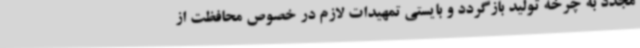
مجدد به چرخه تولید بازگردد و بایستی تمهیدات لازم در خصوص محافظت از